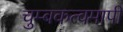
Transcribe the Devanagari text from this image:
चुम्बकत्वमापी